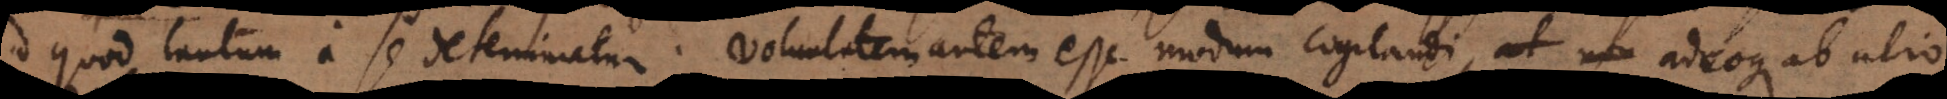
id quod tantum a se determinatur. Voluntatem autem esse modum cogitandi, adeoque ab alio